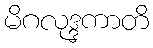
မိဂလုဒ္ဒကာတိ